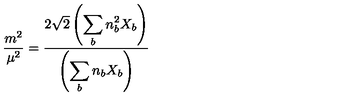
\frac { m ^ { 2 } } { \mu ^ { 2 } } = \frac { 2 \sqrt { 2 } \left( \displaystyle \sum _ { b } n _ { b } ^ { 2 } X _ { b } \right) } { \left( \displaystyle \sum _ { b } n _ { b } X _ { b } \right) }